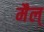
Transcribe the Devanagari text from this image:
मैल्